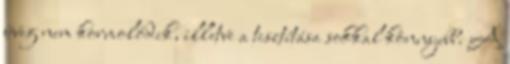
üveg nem kormolódik, illetve a tisztítása sokkal könnyebb. A